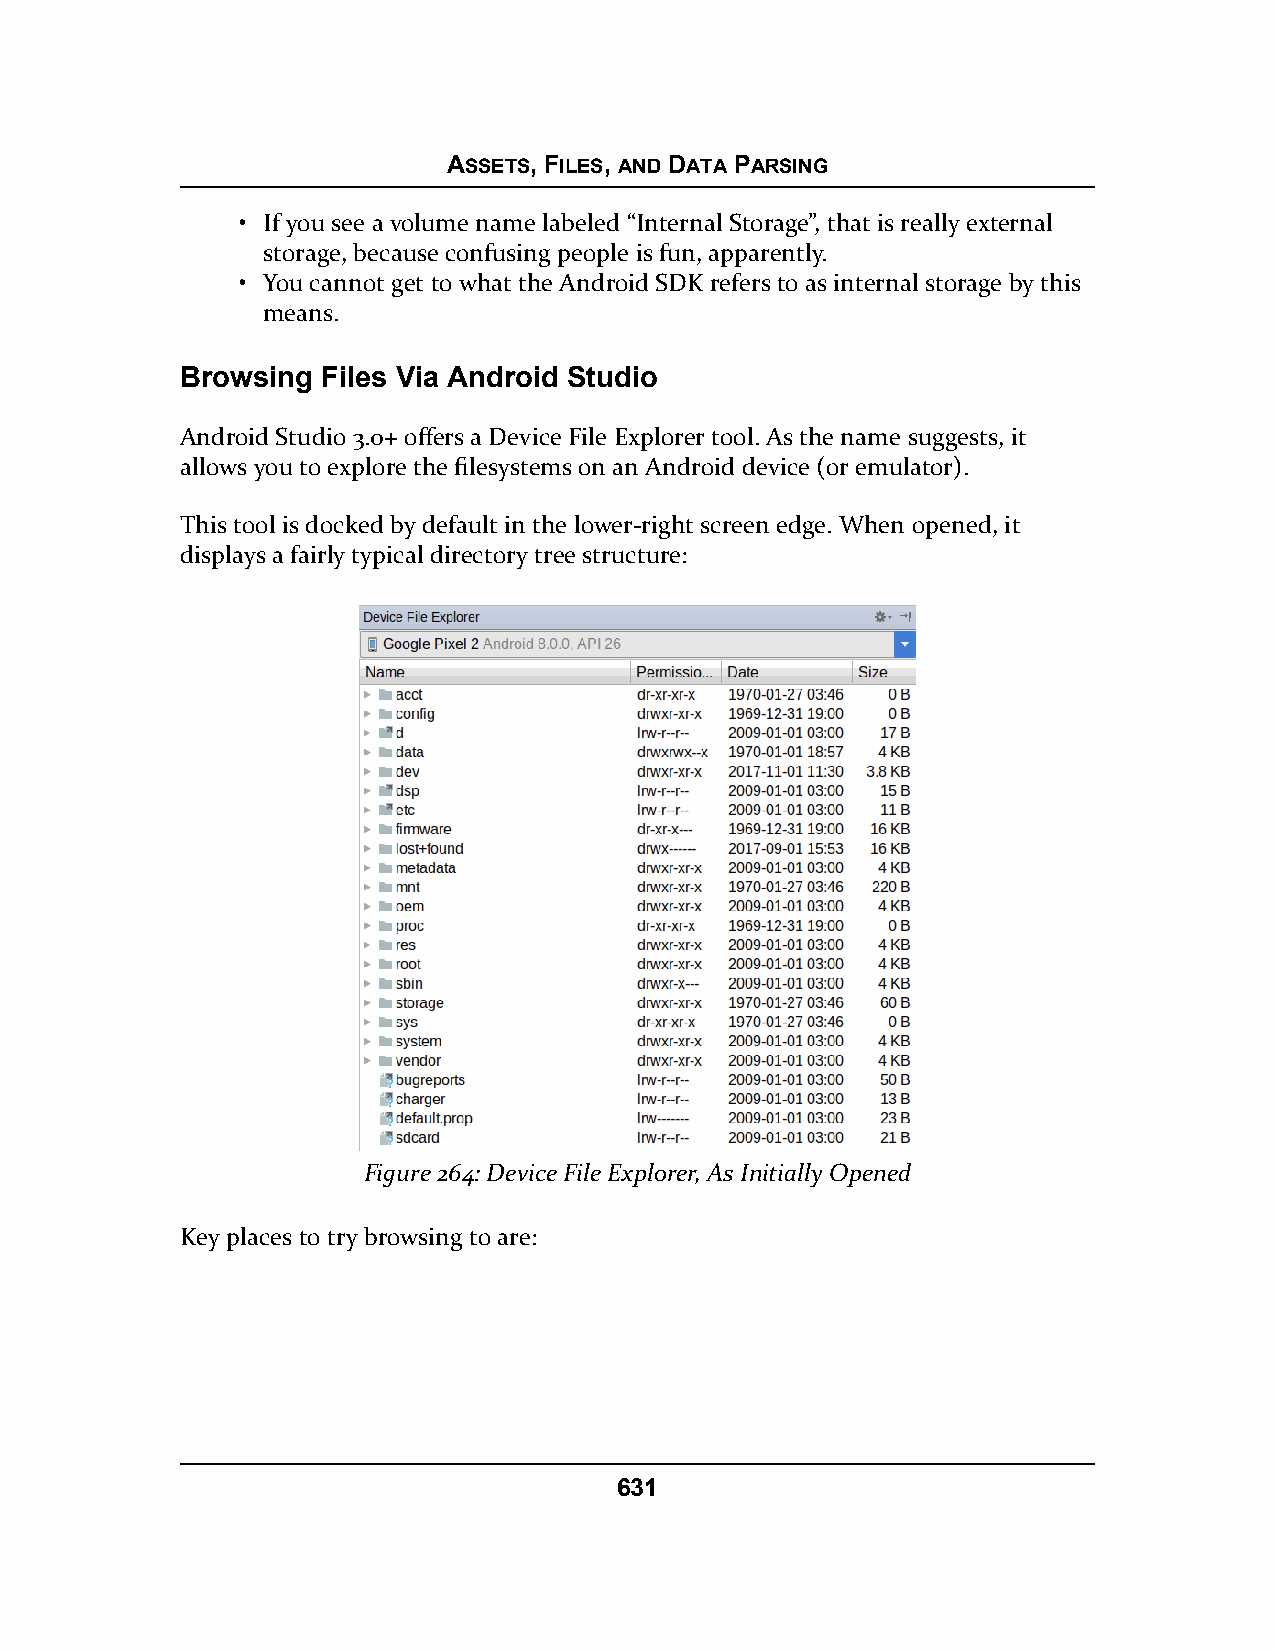
ASSETS, FILES, AND DATA PARSING
 • If you see a volume name labeled “Internal Storage”, that is really external
 storage, because confusing people is fun, apparently.
 • You cannot get to what the Android SDK refers to as internal storage by this
 means.
 Browsing Files Via Android Studio
 Android Studio 3.0+ offers a Device File Explorer tool. As the name suggests, it
 allows you to explore the filesystems on an Android device (or emulator).
 This tool is docked by default in the lower-right screen edge. When opened, it
 displays a fairly typical directory tree structure:
 Figure 264: Device File Explorer, As Initially Opened
 Key places to try browsing to are:
 631